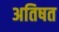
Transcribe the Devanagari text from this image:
अतिषत